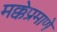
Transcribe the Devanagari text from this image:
मक्केप्रमाणे